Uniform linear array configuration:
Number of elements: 24
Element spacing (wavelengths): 0.5
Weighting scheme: kaiser
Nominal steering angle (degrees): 30
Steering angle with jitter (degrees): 31.932
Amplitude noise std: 0.05
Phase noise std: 0.05

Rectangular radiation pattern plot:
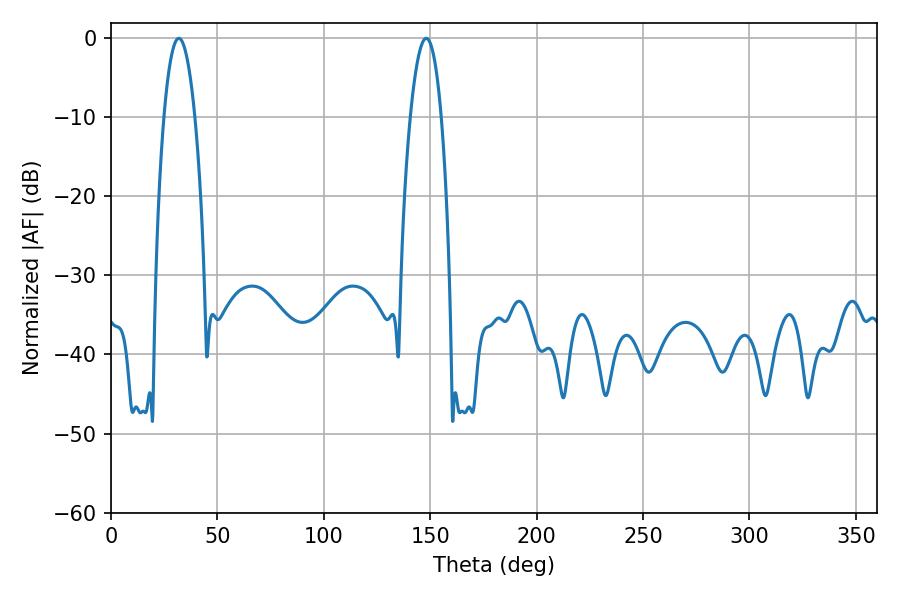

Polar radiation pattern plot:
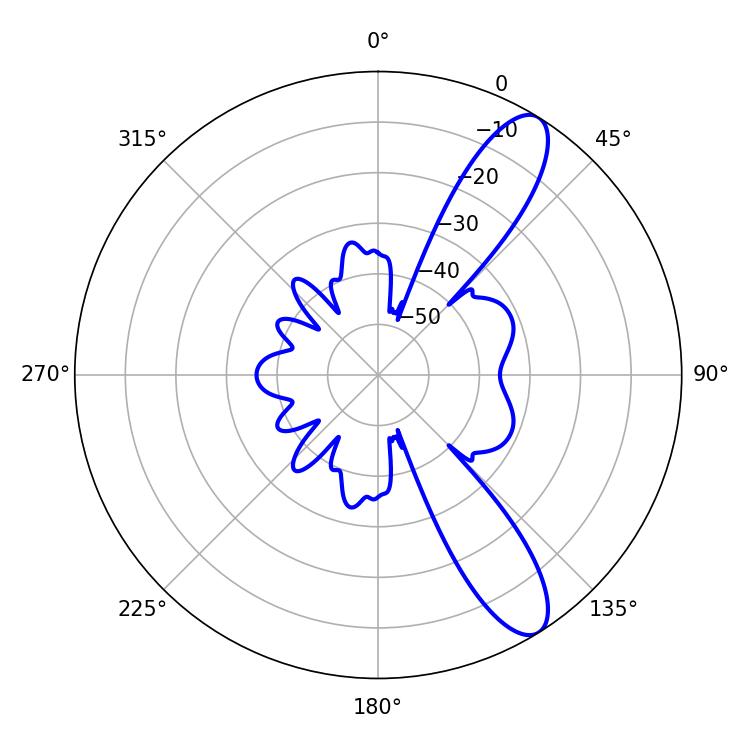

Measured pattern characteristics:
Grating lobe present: FALSE
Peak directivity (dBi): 10.972
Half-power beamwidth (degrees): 8.1
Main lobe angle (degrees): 31.86